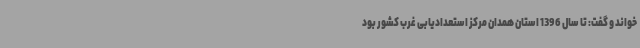
خواند و گفت: تا سال 1396 استان همدان مرکز استعدادیابی غرب کشور بود